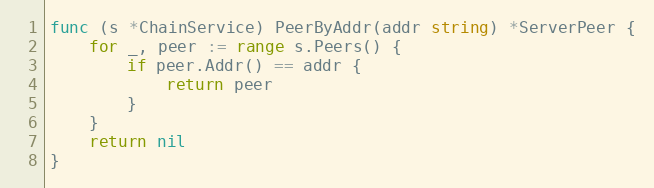
Language: Go
func (s *ChainService) PeerByAddr(addr string) *ServerPeer {
	for _, peer := range s.Peers() {
		if peer.Addr() == addr {
			return peer
		}
	}
	return nil
}